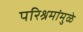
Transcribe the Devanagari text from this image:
परिश्रमांमुळे